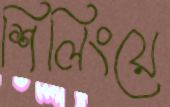
শিলিংয়ে